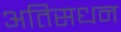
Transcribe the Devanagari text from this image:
अतिसधन